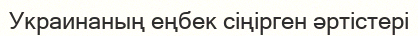
Украинаның еңбек сіңірген әртістері